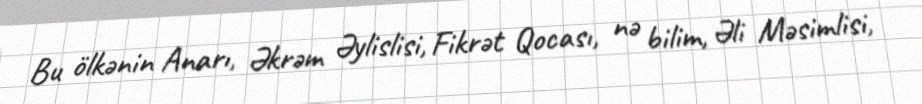
Bu ölkənin Anarı, Əkrəm Əylislisi, Fikrət Qocası, nə bilim, Əli Məsimlisi,